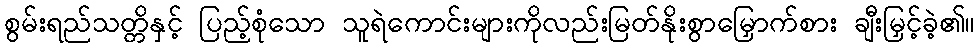
စွမ်းရည်သတ္တိနှင့် ပြည့်စုံသော သူရဲကောင်းများကိုလည်းမြတ်နိုးစွာမြှောက်စား ချီးမြှင့်ခဲ့၏။